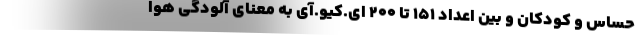
حساس و کودکان و بین اعداد ۱۵۱ تا ۲۰۰ ای.کیو.آی به معنای آلودگی هوا